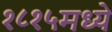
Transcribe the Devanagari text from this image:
१८१५मध्ये